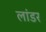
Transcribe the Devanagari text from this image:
लांडर